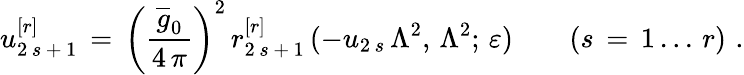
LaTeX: u_{2\, s\, +\, 1}^{[r]}\, =\, \left(\frac{\overline{{{g}}}_{0}}{4\, \pi}\right)^{2}\, r_{2\, s\, +\, 1}^{[r]}\, (-u_{2\, s}\, \Lambda^{2},\, \Lambda^{2};\, \varepsilon)\qquad(s\, =\, 1\, ...\, r)\, \, .